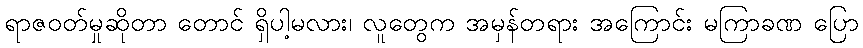
ရာဇဝတ်မှုဆိုတာ တောင် ရှိပါ့မလား၊ လူတွေက အမှန်တရား အကြောင်း မကြာခဏ ပြော